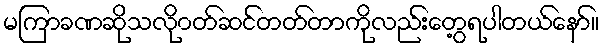
မကြာခဏဆိုသလို၀တ်ဆင်တတ်တာကိုလည်းတွေ့ရပါတယ်နော်။